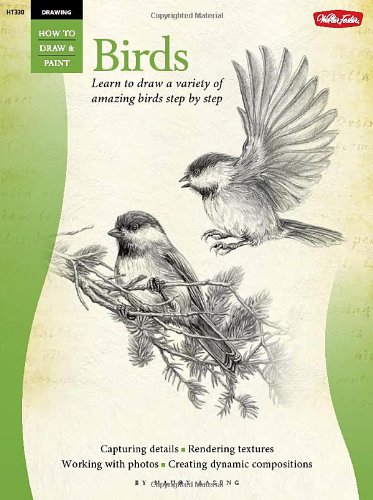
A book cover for Drawing: Birds: Learn to draw a variety of amazing birds step by step (How to Draw & Paint); Maury Aaseng; Arts & Photography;